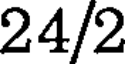
24/2